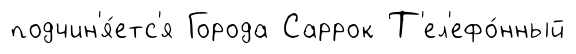
подчин'я́етс'я Города Саррок Т'ел'ефо́нный